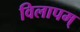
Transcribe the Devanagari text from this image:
विलापम्